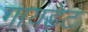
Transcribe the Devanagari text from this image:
गायडेट